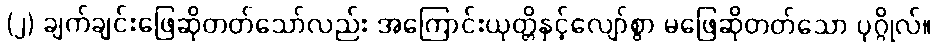
(၂) ချက်ချင်းဖြေဆိုတတ်သော်လည်း အကြောင်းယုတ္တိနှင့်လျော်စွာ မဖြေဆိုတတ်သော ပုဂ္ဂိုလ်။